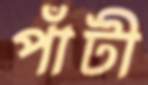
পাঁটী